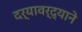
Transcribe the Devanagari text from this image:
दर्यावर्द्याने